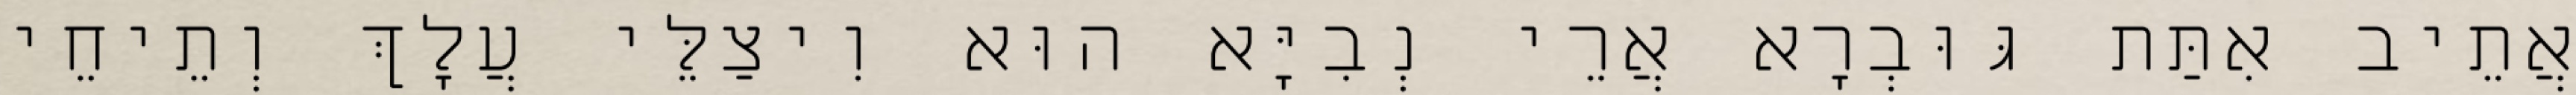
אֲתֵיב אִתַּת גּוּבְרָא אֲרֵי נְבִיָּא הוּא וִיצַלֵּי עֲלָךְ וְתֵיחֵי